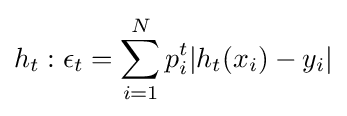
h_{t}:\epsilon _{t}=\sum _{i=1}^{N}p_{i}^{t}|h_{t}(x_{i})-y_{i}|